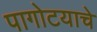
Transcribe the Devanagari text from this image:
पागोटयाचे